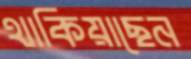
থাকিয়াছেন